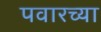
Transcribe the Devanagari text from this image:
पवारच्या